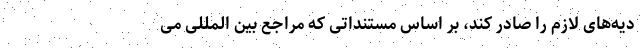
دیه‌های لازم را صادر کند، بر اساس مستنداتی که مراجع بین المللی می